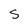
Character: S